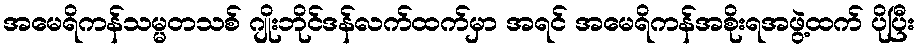
အမေရိကန်သမ္မတသစ် ဂျိုးဘိုင်ဒန်လက်ထက်မှာ အရင် အမေရိကန်အစိုးရအဖွဲ့ထက် ပိုပြီး